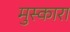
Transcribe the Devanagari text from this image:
मुस्कारा